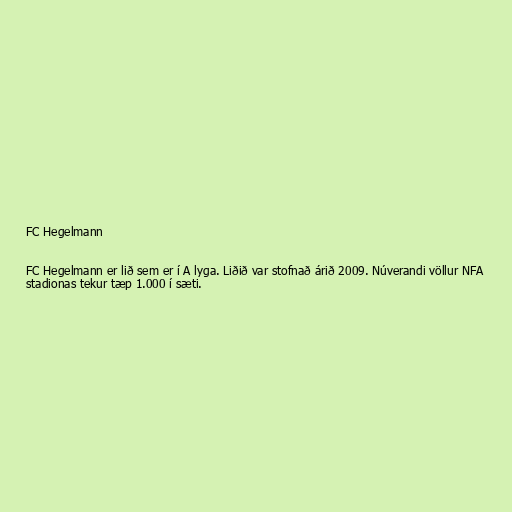
FC Hegelmann

FC Hegelmann er lið sem er í A lyga. Liðið var stofnað árið 2009. Núverandi völlur NFA
stadionas tekur tæp 1.000 í sæti.